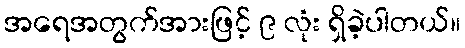
အရေအတွက်အားဖြင့် ၉ လုံး ရှိခဲ့ပါတယ်။